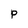
Character: P